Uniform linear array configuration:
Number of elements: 12
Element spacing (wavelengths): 0.75
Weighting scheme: hann
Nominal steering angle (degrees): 15
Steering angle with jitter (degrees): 14.067
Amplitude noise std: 0.05
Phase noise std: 0.05

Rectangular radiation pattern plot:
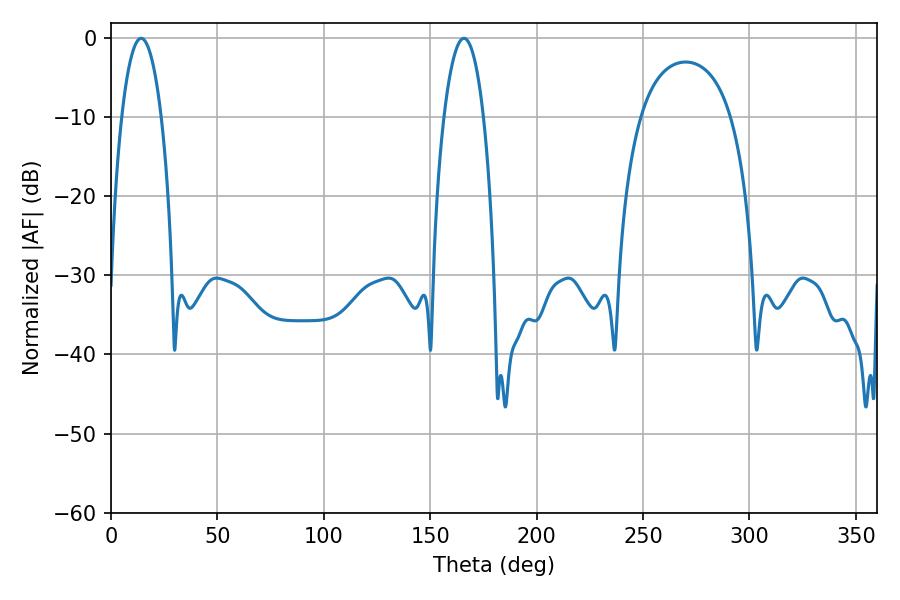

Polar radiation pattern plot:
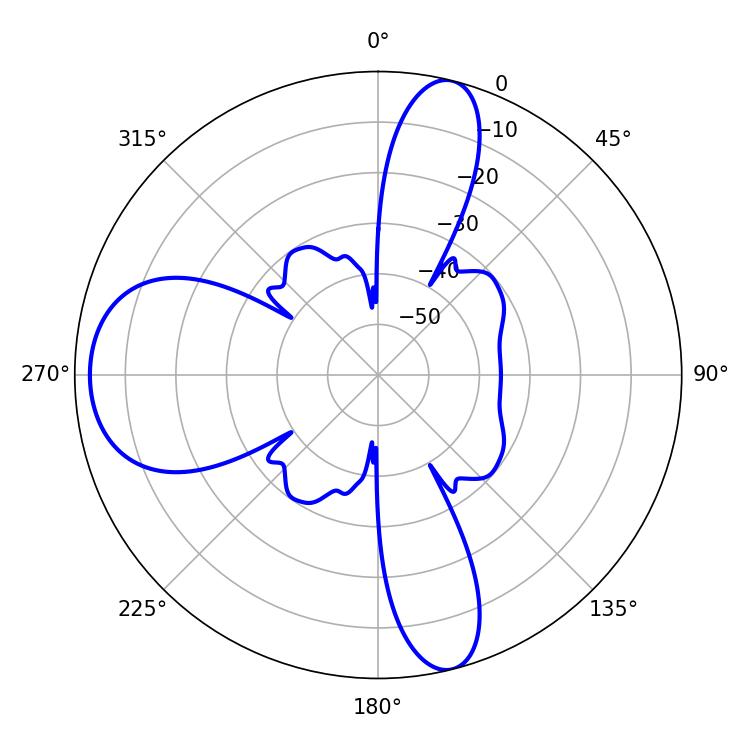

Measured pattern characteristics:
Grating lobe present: TRUE
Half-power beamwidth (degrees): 10.44
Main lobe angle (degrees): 14.22